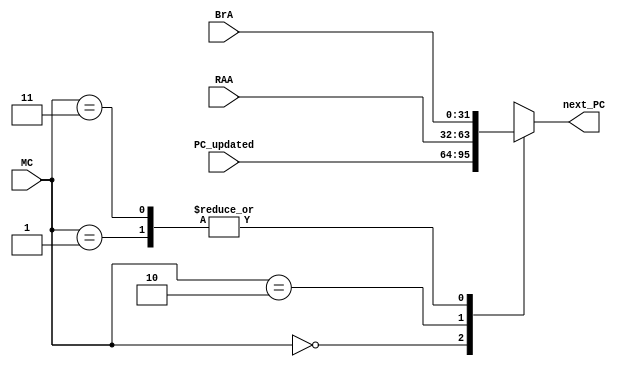
module MUX_C(
    input [31:0] PC_updated,
    input [31:0] BrA,
    input [31:0] RAA,
    input [1:0] MC,
    output reg [31:0] next_PC
    );
    
    always @(*)
    case(MC)
    2'b00: next_PC = PC_updated;
    2'b01: next_PC = BrA;
    2'b10: next_PC = RAA;
    2'b11: next_PC = BrA;
    endcase
endmodule